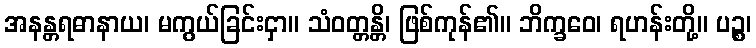
အနန္တရဓာနာယ၊ မကွယ်ခြင်းငှာ။ သံဝတ္တန္တိ၊ ဖြစ်ကုန်၏။ ဘိက္ခဝေ၊ ရဟန်းတို့။ ပဉ္စ၊